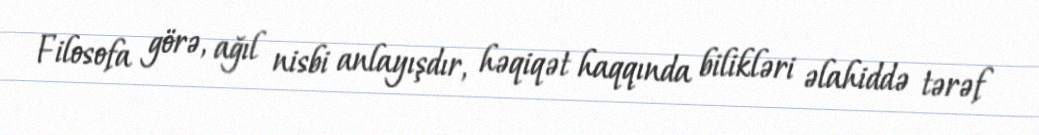
Filosofa görə, ağıl nisbi anlayışdır, həqiqət haqqında bilikləri əlahiddə tərəf